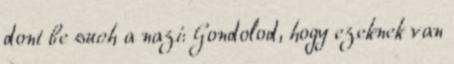
dont be such a nazi: Gondolod, hogy ezeknek van